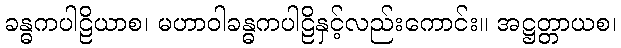
ခန္ဓကပါဠိယာစ၊ မဟာဝါခန္ဓကပါဠိနှင့်လည်းကောင်း။ အဋ္ဌတ္တာယစ၊